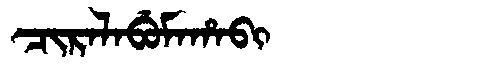
Manchu: ᠴᡳᡵᠠᠯᠠᠪᡠᠮᠠᡥᠠᠪᡳ
Romanization: CIRALABUMAHABI